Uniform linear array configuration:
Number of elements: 8
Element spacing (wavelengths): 1
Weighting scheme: exponential
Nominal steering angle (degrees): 15
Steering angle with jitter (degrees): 13.118
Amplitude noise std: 0.05
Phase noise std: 0.05

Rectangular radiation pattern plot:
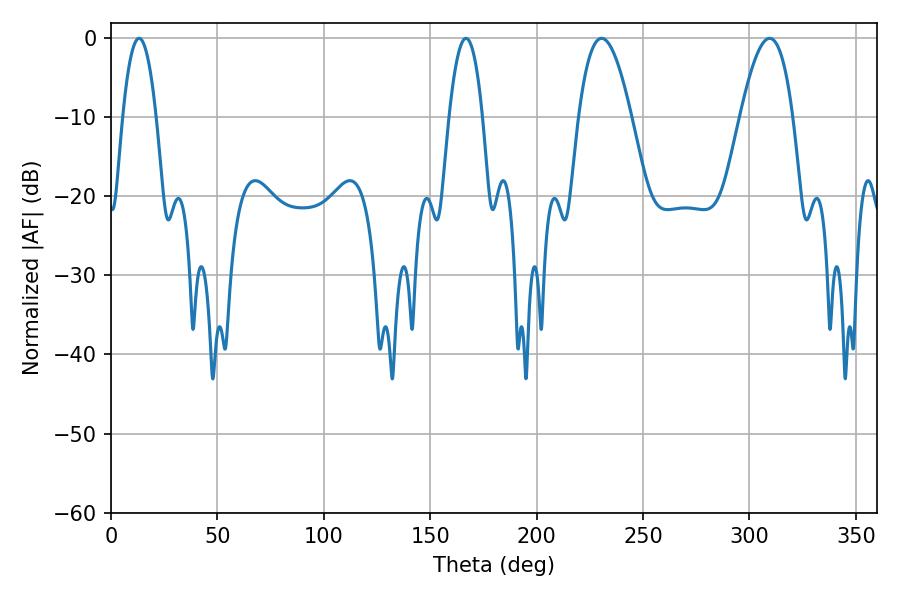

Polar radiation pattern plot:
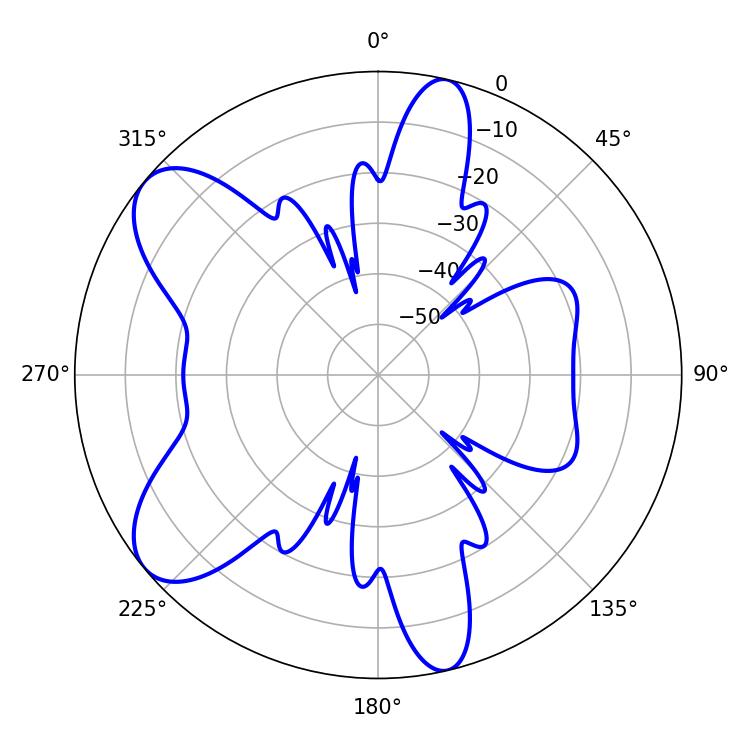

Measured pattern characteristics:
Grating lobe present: TRUE
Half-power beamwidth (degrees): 13.5
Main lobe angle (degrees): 309.42